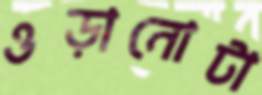
ওড়ানোটা